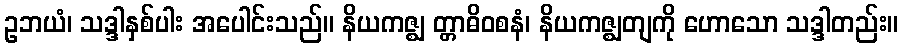
ဥဘယံ၊ သဒ္ဒါနှစ်ပါး အပေါင်းသည်။ နိယကဇ္ဈ တ္တာဓိဝစနံ၊ နိယကဇ္ဈတျကို ဟောသော သဒ္ဒါတည်း။